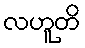
လဟူတိ